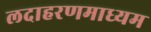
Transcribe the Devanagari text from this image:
लदाहरणमाध्यम